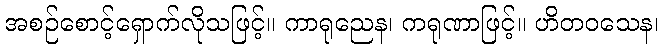
အစဉ်စောင့်ရှောက်လိုသဖြင့်။ ကာရုညေန၊ ကရုဏာဖြင့်။ ဟိတဝသေန၊